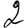
Digit: 2